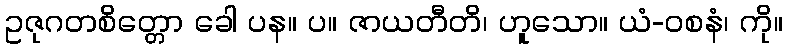
ဥဇုဂတစိတ္တော ခေါ ပန။ ပ။ ဇာယတီတိ၊ ဟူသော။ ယံ-ဝစနံ၊ ကို။